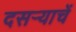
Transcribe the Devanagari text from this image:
दसर्‍याचें